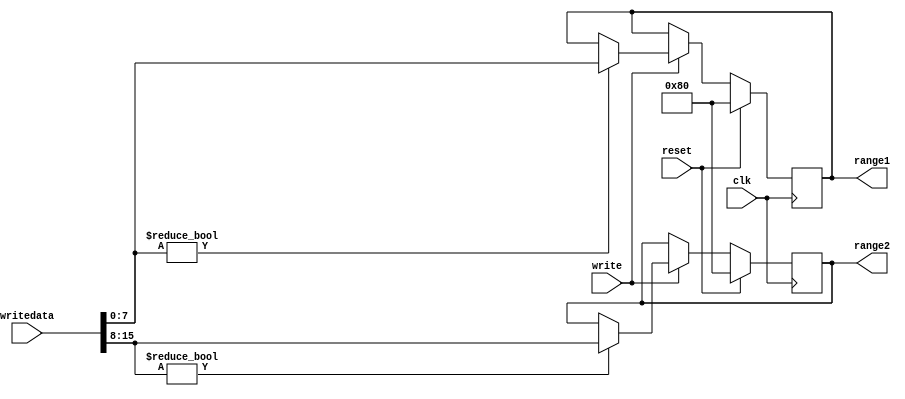
module range_ctrl2 (
    input clk,
    input reset,

    output [7:0] range1,
    output [7:0] range2,

    input write,
    input [15:0] writedata
);

reg [7:0] range1_intern = 8'b10000000;
reg [7:0] range2_intern = 8'b10000000;

assign range1 = range1_intern;
assign range2 = range2_intern;

always @(posedge clk) begin
    if (reset) begin
        range1_intern <= 8'b10000000;
        range2_intern <= 8'b10000000;
    end
    else if (write) begin
        if (writedata[7:0] != 8'b00000000)
        range1_intern <= writedata[7:0];
        if (writedata[15:8] != 8'b00000000)
        range2_intern <= writedata[15:8];
    end
end

endmodule